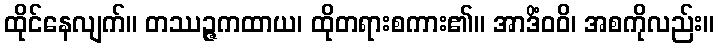
ထိုင်နေလျက်။ တဿဉ္ဇကထာယ၊ ထိုတရားစကား၏။ အာဒိံဝဝိ၊ အစကိုလည်း။